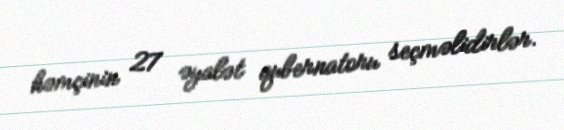
həmçinin 27 əyalət qubernatoru seçməlidirlər.